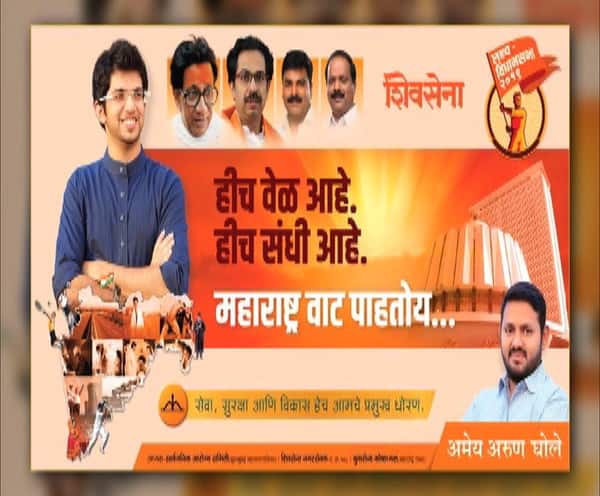
Language: marathi
Transcription: शिवसेना वेळ आणि संधी आहे. आहे. विकास पाहतोय... सेवा हेच अमेय अरुण घोले आमचे प्रमुख सुरक्षा धोरण. महाराष्ट्र हीच वाट. हीच